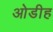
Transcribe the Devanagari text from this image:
ओडीह